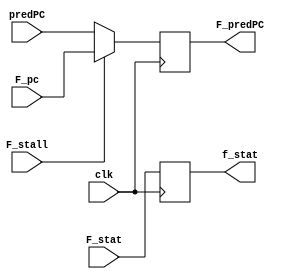
module f_reg(
    input clk,
    input F_stall,
    input [3:0] F_stat,
    input [63:0] predPC,
    input [63:0] F_pc,
    output reg [63:0] F_predPC,
    output reg [3:0] f_stat
);

always @(posedge clk)
begin
    f_stat = F_stat;
    //$display ("heloo");
    if(F_stall == 0)
    begin
        
        F_predPC = predPC;
    end

    else
    begin
        F_predPC = F_pc;
    end
end
endmodule